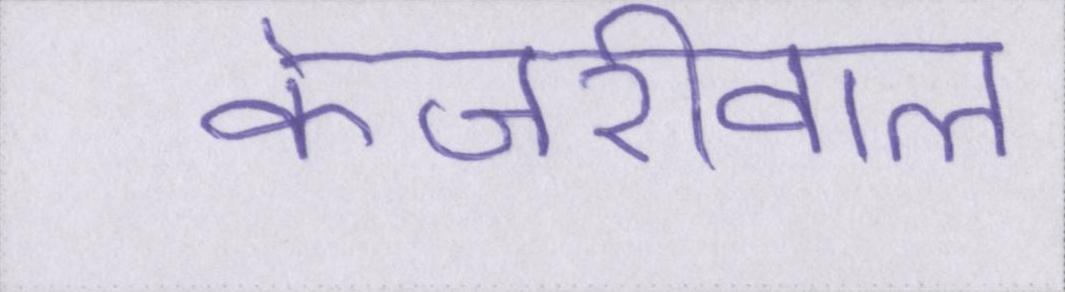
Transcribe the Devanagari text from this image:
केजरीवाल